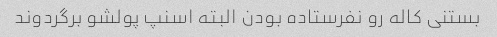
بستنی کاله رو نفرستاده بودن البته اسنپ پولشو برگردوند